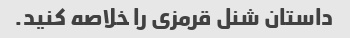
داستان شنل قرمزی را خلاصه کنید.